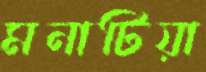
মনাটিয়া